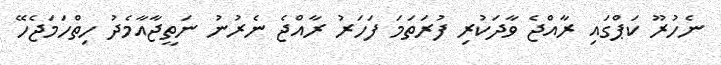
ނެހުރޫ ކަޕްގައި ރާއްޖެ ވާދަކުރި ފުރަތަމަ ފަހަރު ރާއްޖެ ނެރުނު ނަތީޖާއާމެދު ހިތްހަމަޖެހޭ